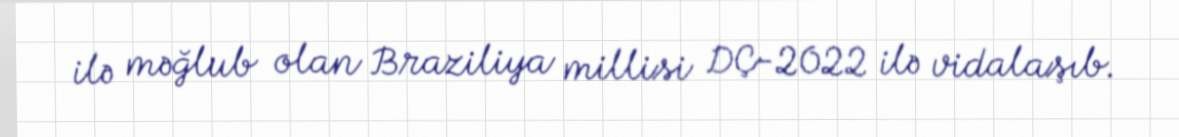
ilə məğlub olan Braziliya millisi DÇ-2022 ilə vidalaşıb.